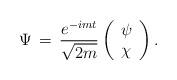
LaTeX: \begin{align*}\Psi\,=\,\frac{ e^{-imt}}{\sqrt{2 m}} \left(\begin{array}{c}\psi\\ \chi\end{array}\right).\end{align*}